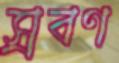
স্রবণ